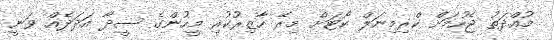
މުއްދަތު ޖެހުމަށް ކްރިމިނަލް ކޯޓަށް މިރޭ ހާޒިރުކުރި މީހުންގެ ސީދާ އަދަދެއް ވަނީ